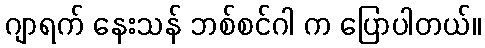
ဂျာရက် နေးသန် ဘစ်စင်ဂါ က ပြောပါတယ်။